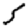
Digit: 5